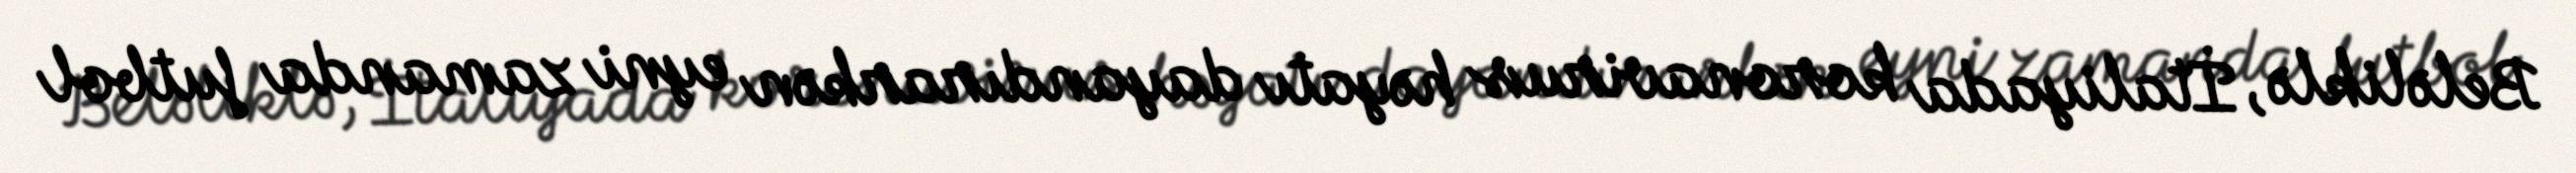
Beləliklə, İtaliyada koronavirus həyatı dayandırarkən eyni zamanda futbol